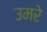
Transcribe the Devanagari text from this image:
उमरे